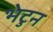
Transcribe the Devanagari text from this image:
भेटुन